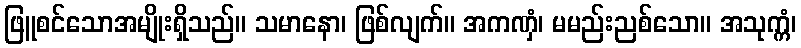
ဖြူစင်သောအမျိုးရှိသည်။ သမာနော၊ ဖြစ်လျက်။ အကဏှံ၊ မမည်းညစ်သော။ အသုက္ကံ၊